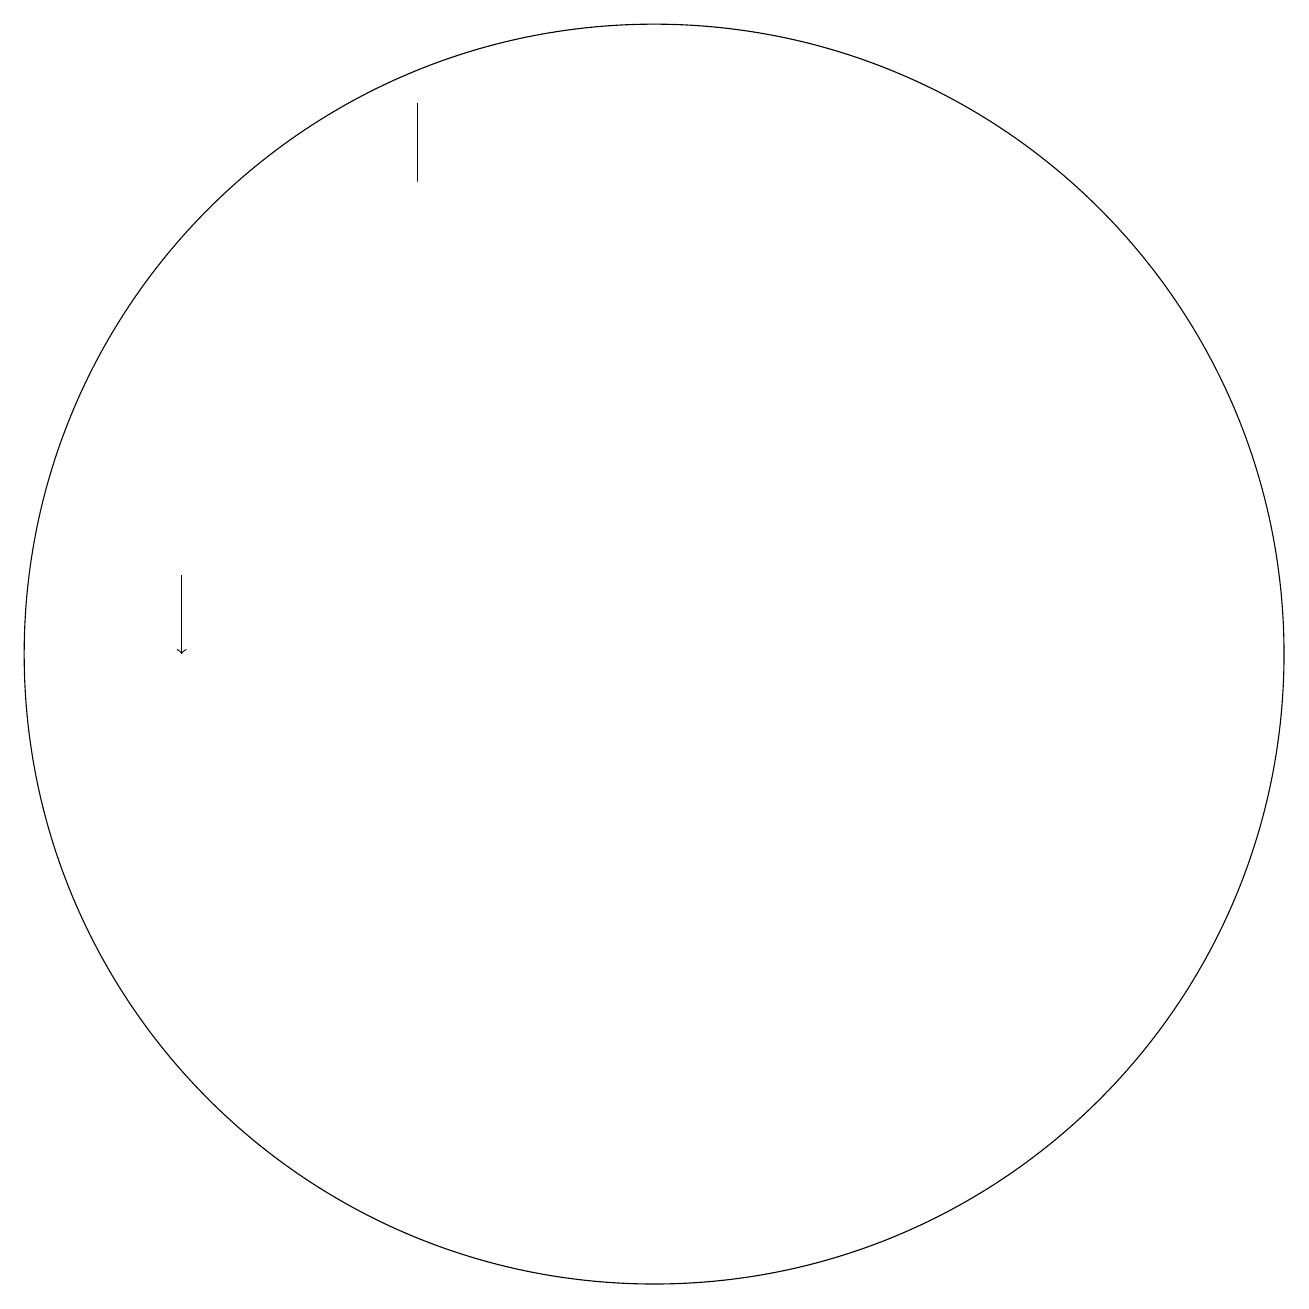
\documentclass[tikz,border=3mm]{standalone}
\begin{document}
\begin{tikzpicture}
\draw (11,10) circle (8);
\draw (8,17) rectangle (8,16);
\draw[->] (5,11) -- (5,10);
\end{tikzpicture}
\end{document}